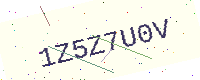
Text: 1Z5Z7U0V